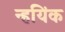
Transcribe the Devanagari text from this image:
न्हयिंक